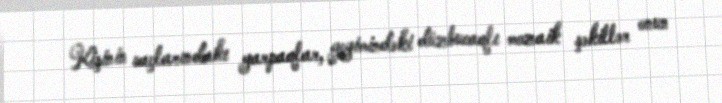
Kişinin saçlarındakı yarpaqlar, geyimindəki düzbucaqlı mozaik şəkillər onun